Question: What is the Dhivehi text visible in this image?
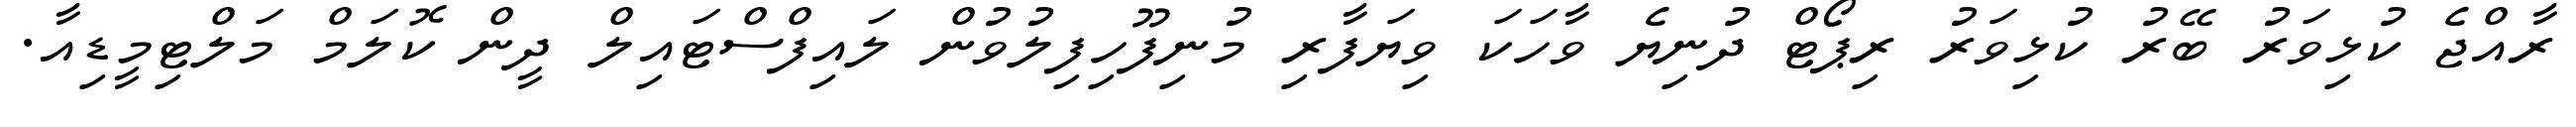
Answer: ރާއްޖެ ކުޅިވަރު ބޭރު ކުޅިވަރު ރިޕޯޓް ދުނިޔެ ވާހަކަ ވިޔަފާރި މުނިފޫހިފިލުވުން ލައިފްސްޓައިލް ދީން ކޮލަމް މަލްޓިމީޑިއާ.